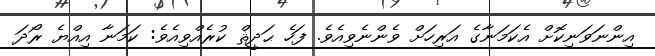
އިންނަވަނިކޮށް އެކަމަނާގެ އަރިހަށް ވެންނެވިއެވެ. ފަހެ ޙަދީޘް ކުރެއްވިއެވެ: ކަމަނާ އިއްޔެ ރޯދަ